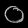
Digit: ၀